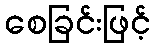
စေခြင်းဖြင့်